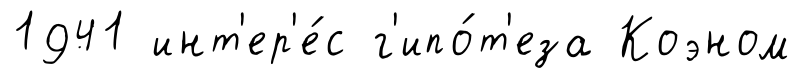
1941 инт'ер'е́с г'ипо́т'еза Коэном